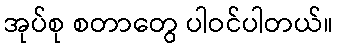
အုပ်စု စတာတွေ ပါဝင်ပါတယ်။